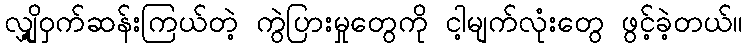
လျှို့ဝှက်ဆန်းကြယ်တဲ့ ကွဲပြားမှုတွေကို ငါ့မျက်လုံးတွေ ဖွင့်ခဲ့တယ်။